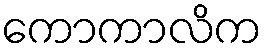
ကောကာလိက